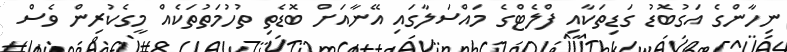
ނިހާންގެ އަގުބޮޑު ގަޑިތަކާއި ފްލެޓްގެ މައްސަލާގައި އޭނާއަށް ބޮޑެތި ތުހުމަތުތަކެއް މީގެކުރިން ވެސް